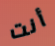
أنت